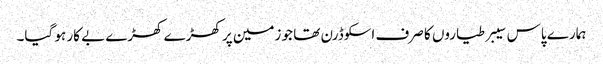
ہمارے پاس سیبر طیاروں کا صرف اسکوڈرن تھا جو زمین پر کھڑے کھڑے بے کار ہو گیا۔